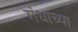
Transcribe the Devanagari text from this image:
गंधाच्या